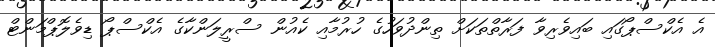
އެ އެކްސްޕޯގައި ބައިވެރިވާ ފަރާތްތަކަށް ތިންދުވަހުގެ ހުރުމާއި ކެއުން ސްރީލަންކާގެ އެކްސްޕޯ ޑިވެލޮޕްމަންޓް